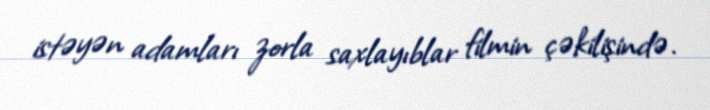
istəyən adamları zorla saxlayıblar filmin çəkilişində.